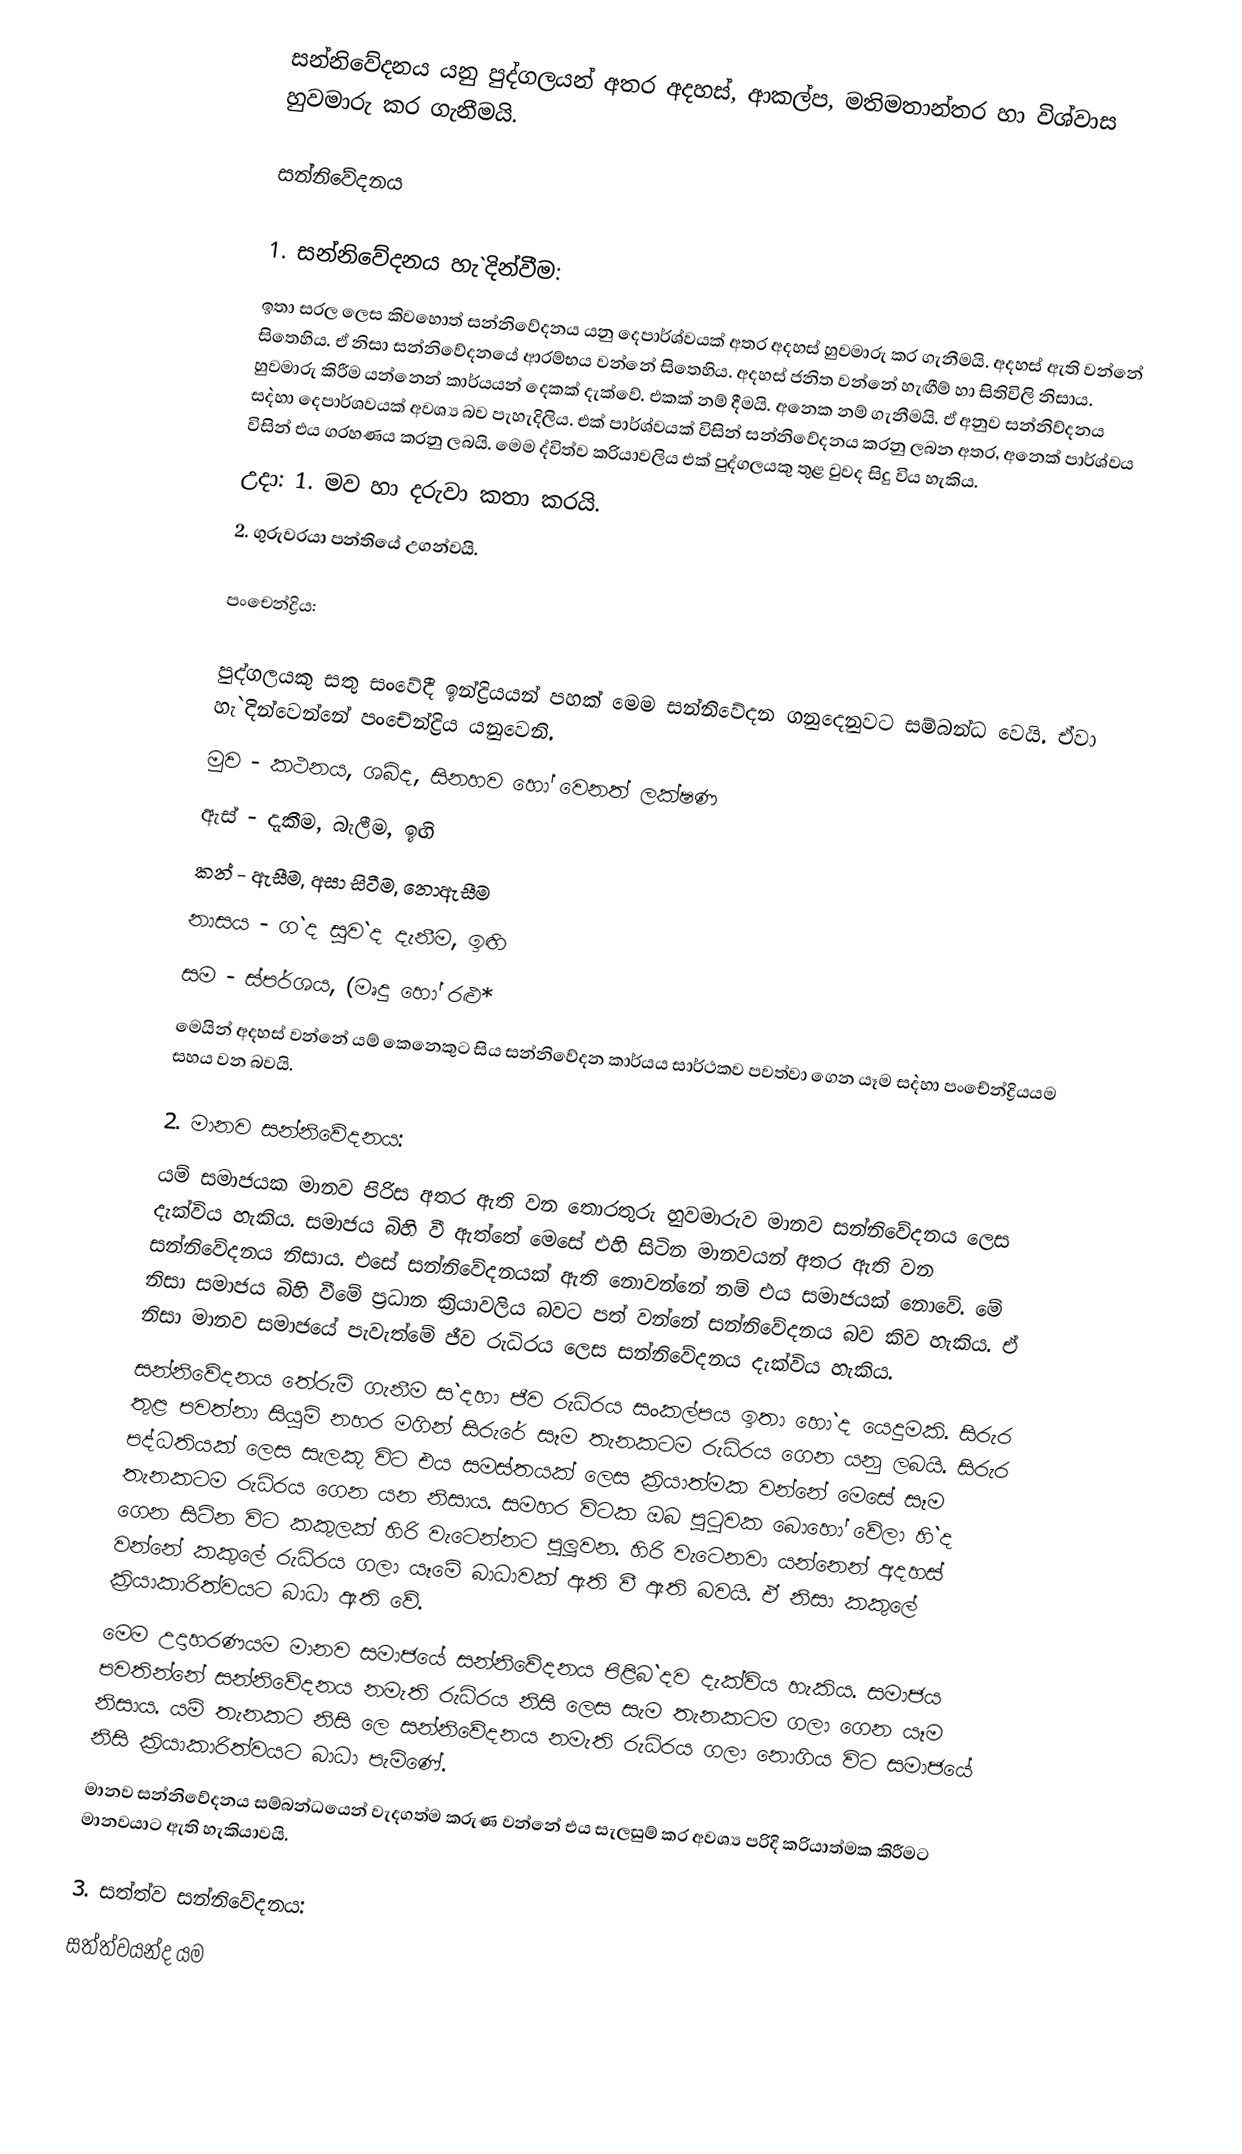
සන්නිවේදනය යනු පුද්ගලයන් අතර අදහස්, ආකල්ප, මතිමතාන්තර හා විශ්වාස හුවමාරු කර ගැනීමයි.

සන්නිවේදනය

  1. සන්නිවේදනය හැ`දින්වීම:
    ඉතා සරල ලෙස කිවහොත් සන්නිවේදනය යනු දෙපාර්ශ්වයක් අතර අදහස් හුවමාරු කර ගැනීමයි. අදහස් ඇති වන්නේ සිතෙහිය. ඒ නිසා සන්නිවේදනයේ ආරම්භය වන්නේ සිතෙහිය. අදහස් ජනිත වන්නේ හැඟීම් හා සිතිවිලි නිසාය. හුවමාරු කිරීම යන්නෙන් කාර්යයන් දෙකක් දැක්වේ. එකක් නම් දීමයි. අනෙක නම් ගැනීමයි. ඒ අනුව සන්නිව්දනය ස`දහා දෙපාර්ශවයක් අවශ්‍ය බව පැහැදිලිය.  එක් පාර්ශ්වයක් විසින් සන්නිවේදනය කරනු ලබන අතර, අනෙක් පාර්ශ්වය විසින් එය ග‍්‍රහණය කරනු ලබයි. මෙම ද්විත්ව ක‍්‍රියාවලිය එක් පුද්ගලයකු තුළ වුවද සිදු විය හැකිය.
    උදා:     1. මව හා දරුවා කතා කරයි.
        2. ගුරුවරයා පන්තියේ උගන්වයි.

    පංචෙන්ද්‍රිය:

     පුද්ගලයකු සතු සංවේදී ඉන්ද්‍රියයන් පහක් මෙම සන්නිවේදන ගනුදෙනුවට සම්බන්ධ වෙයි. ඒවා හැ`දින්වෙන්නේ පංචේන්ද්‍රිය යනුවෙනි.
        මුව     - කථනය, ශබ්ද,  සිනහව හෝ වෙනත් ලක්ෂණ
        ඇස්     - දැකීම, බැලීම, ඉඟි
        කන්    - ඇසීම, අසා සිටීම, නොඇසීම
        නාසය    - ග`ද සුව`ද දැනීම, ඉඟි
        සම    - ස්පර්ශය, (මෘදු හෝ රළු*
    මෙයින් අදහස් වන්නේ යම් කෙනෙකුට සිය සන්නිවේදන කාර්යය සාර්ථකව පවත්වා ගෙන යෑම ස`දහා පංචේන්ද්‍රියයම සහය වන බවයි.

2. මානව සන්නිවේදනය:
    යම් සමාජයක මානව පිරිස අතර ඇති වන තොරතුරු හුවමාරුව මානව සන්නිවේදනය ලෙස දැක්විය හැකිය. සමාජය බිහි වී ඇත්තේ මෙසේ එහි සිටින මානවයන් අතර ඇති වන සන්නිවේදනය නිසාය. එසේ සන්නිවේදනයක් ඇති නොවන්නේ නම් එය සමාජයක් නොවේ. මේ නිසා සමාජය බිහි වීමේ ප‍්‍රධාන ක‍්‍රියාවලිය බවට පත් වන්නේ සන්නිවේදනය බව කිව හැකිය. ඒ නිසා මානව සමාජයේ පැවැත්මේ ජීව රුධිරය ලෙස සන්නිවේදනය දැක්විය හැකිය.
    සන්නිවේදනය තේරුම් ගැනීම ස`දහා ජීව රුධිරය සංකල්පය ඉතා හො`ද යෙදුමකි. සිරුර තුළ පවත්නා සියුම් නහර මගින් සිරුරේ සෑම තැනකටම රුධිරය ගෙන යනු ලබයි. සිරුර පද්ධතියක් ලෙස සැලකූ විට එය සමස්තයක් ලෙස ක‍්‍රියාත්මක වන්නේ මෙසේ සෑම තැනකටම රුධිරය ගෙන යන නිසාය. සමහර විටක ඔබ පුටුවක බොහෝ වේලා හි`ද ගෙන සිටින විට කකුලක් හිරි වැටෙන්නට පුලූවන. හිරි වැටෙනවා යන්නෙන් අදහස් වන්නේ කකුලේ රුධිරය ගලා යෑමේ බාධාවක් ඇති වී ඇති බවයි. ඒ නිසා කකුලේ ක‍්‍රියාකාරිත්වයට බාධා ඇති වේ.
    මෙම උදාහරණයම මානව සමාජයේ සන්නිවේදනය පිළිබ`දව දැක්විය හැකිය. සමාජය පවතින්නේ සන්නිවේදනය නමැති රුධිරය නිසි ලෙස සැම තැනකටම ගලා ගෙන යෑම නිසාය. යම් තැනකට නිසි ලෙ සන්නිවේදනය නමැති රුධිරය ගලා නොගිය විට සමාජයේ නිසි ක‍්‍රියාකාරිත්වයට බාධා පැමිණේ.
    මානව සන්නිවේදනය සම්බන්ධයෙන් වැදගත්ම කරුණ වන්නේ එය සැලසුම් කර අවශ්‍ය පරිදි ක‍්‍රියාත්මක කිරීමට මානවයාට ඇති හැකියාවයි.

3. සත්ත්ව සන්නිවේදනය:
    සත්ත්වයන්ද යම